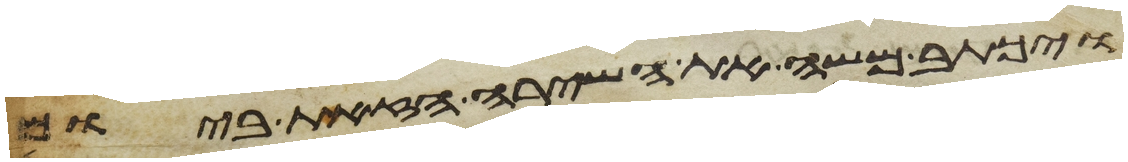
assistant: ויכתב משה את השירה הזאת ביום